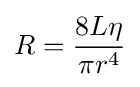
R={\frac {8L\eta }{\pi r^{4}}}